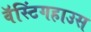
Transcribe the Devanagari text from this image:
वॅस्टिंगहाउस